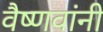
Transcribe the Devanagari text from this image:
वैष्णवांनी